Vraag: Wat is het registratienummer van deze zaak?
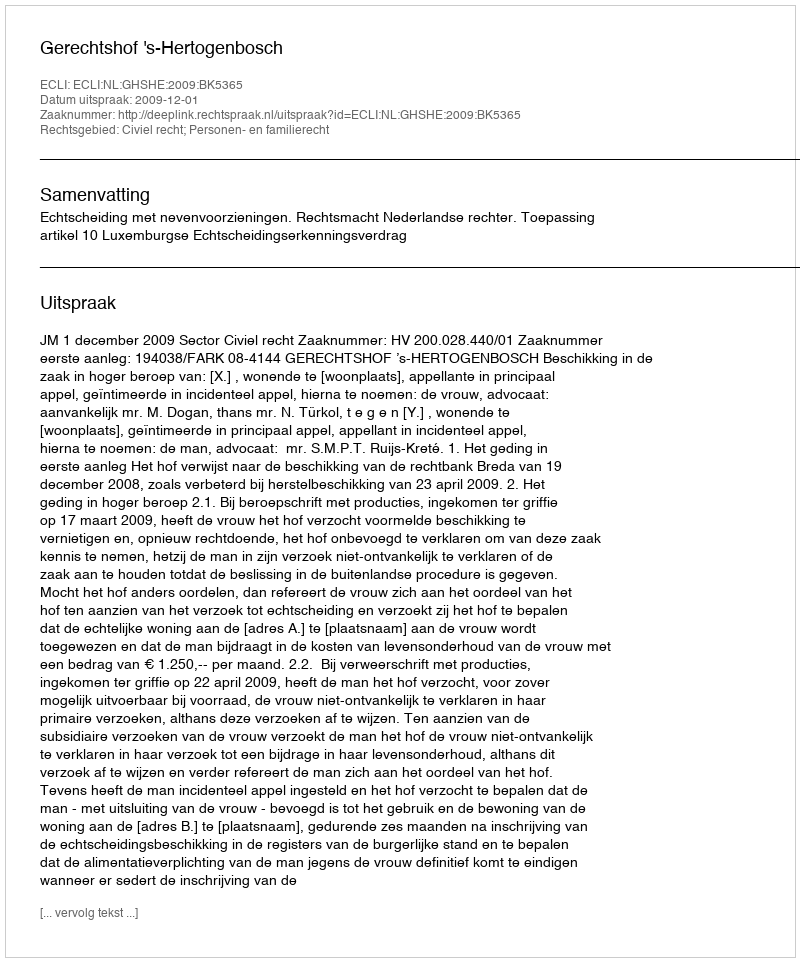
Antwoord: http://deeplink.rechtspraak.nl/uitspraak?id=ECLI:NL:GHSHE:2009:BK5365